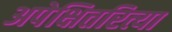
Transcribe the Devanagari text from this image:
अपेक्षितरित्या